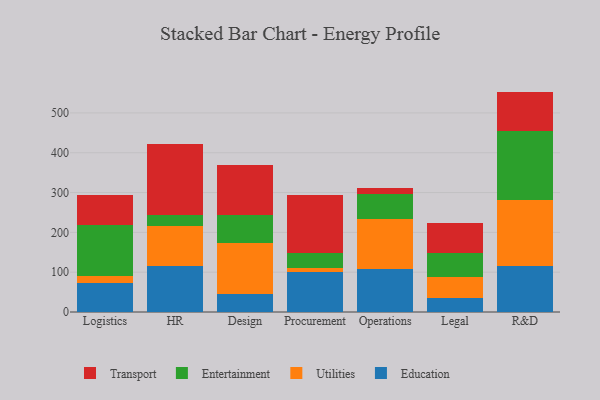
{"axis": {"x": "Department", "y": "Operating Costs (USD K)"}, "legend": ["Education", "Entertainment", "Transport", "Utilities"], "data": [{"x": "Logistics", "y": 72.2, "type": "Education"}, {"x": "Logistics", "y": 17.9, "type": "Utilities"}, {"x": "Logistics", "y": 128.4, "type": "Entertainment"}, {"x": "Logistics", "y": 76.5, "type": "Transport"}, {"x": "HR", "y": 115.1, "type": "Education"}, {"x": "HR", "y": 100.3, "type": "Utilities"}, {"x": "HR", "y": 28.6, "type": "Entertainment"}, {"x": "HR", "y": 179.1, "type": "Transport"}, {"x": "Design", "y": 45.5, "type": "Education"}, {"x": "Design", "y": 128.9, "type": "Utilities"}, {"x": "Design", "y": 70.2, "type": "Entertainment"}, {"x": "Design", "y": 123.7, "type": "Transport"}, {"x": "Procurement", "y": 99.3, "type": "Education"}, {"x": "Procurement", "y": 10.7, "type": "Utilities"}, {"x": "Procurement", "y": 39.1, "type": "Entertainment"}, {"x": "Procurement", "y": 143.9, "type": "Transport"}, {"x": "Operations", "y": 107.3, "type": "Education"}, {"x": "Operations", "y": 126.8, "type": "Utilities"}, {"x": "Operations", "y": 63.0, "type": "Entertainment"}, {"x": "Operations", "y": 14.0, "type": "Transport"}, {"x": "Legal", "y": 35.9, "type": "Education"}, {"x": "Legal", "y": 52.3, "type": "Utilities"}, {"x": "Legal", "y": 61.0, "type": "Entertainment"}, {"x": "Legal", "y": 73.4, "type": "Transport"}, {"x": "R&D", "y": 115.2, "type": "Education"}, {"x": "R&D", "y": 165.9, "type": "Utilities"}, {"x": "R&D", "y": 174.0, "type": "Entertainment"}, {"x": "R&D", "y": 98.4, "type": "Transport"}]}